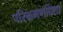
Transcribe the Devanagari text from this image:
परिभ्रमणदिशा